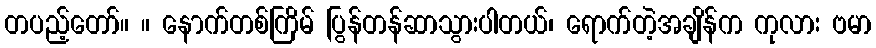
တပည့်တော်။ ။ နောက်တစ်ကြိမ် ပြွန်တန်ဆာသွားပါတယ်၊ ရောက်တဲ့အချိန်က ကုလား ဗမာ